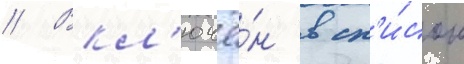
// Вкл'ючё́н в сп'и́сок